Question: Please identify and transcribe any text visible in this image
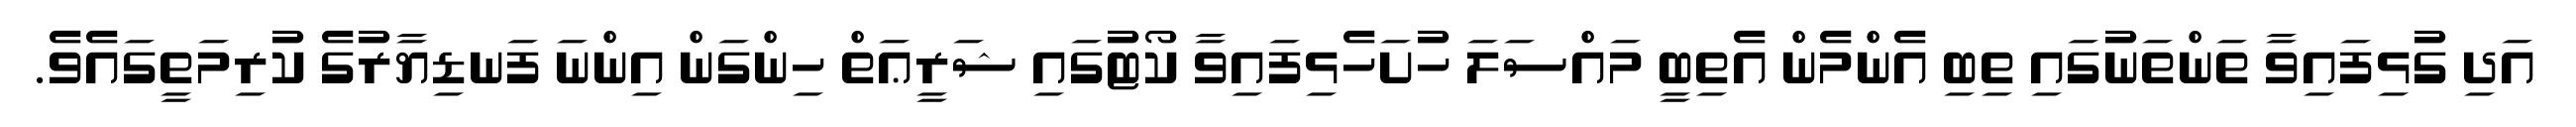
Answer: އަދި ގުޅިފައިވާ ތަންތަނުގައި ތިބި އެންމެން އެތިބީ މައްސަލަ ހުށަހެޅިފައިވާ ކޯޓުގައި ޝަރީޢަތް ހިންގަން އިންނަ ފަނޑިޔާރުގެ ކުރިމަތީގައެވެ.